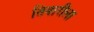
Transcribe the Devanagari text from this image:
तिवारीला